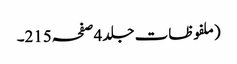
(ملفوظات جلد4صفحہ215۔